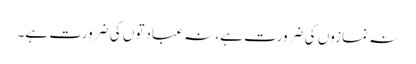
نہ نمازوں کی ضرورت ہے، نہ عبادتوں کی ضرورت ہے۔